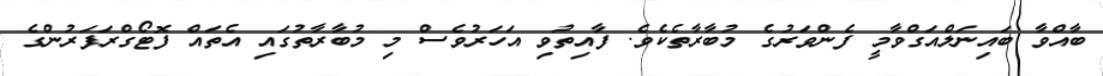
ބާއްވާ ބައިނަލްއަގްވާމީ ފެންވަރުގެ މުބާރާތެކެވެ. ފާއިތުވި އަހަރުވެސް މި މުބާރާތުގައި އެތައް ފޮޓޯގްރަފަރުންގެ